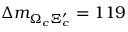
\Delta m _ { \Omega _ { c } \Xi _ { c } ^ { \prime } } = 1 1 9